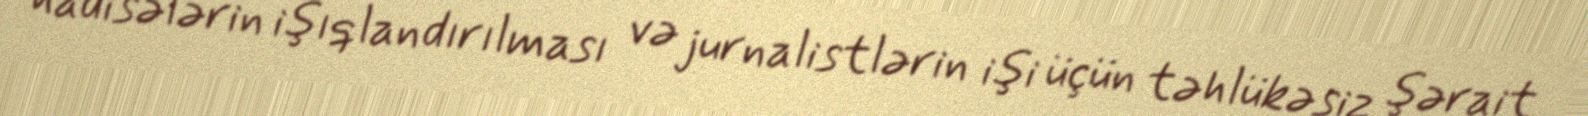
hadisələrin işıqlandırılması və jurnalistlərin işi üçün təhlükəsiz şərait